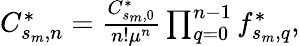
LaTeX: \begin{array}{r}{C_{s_{m},n}^{*}=\frac{C_{s_{m},0}^{*}}{n!\mu^{n}}\prod_{q=0}^{n-1}f_{s_{m},q}^{*},}\end{array}